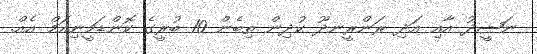
ނަޝީދު އާއި އަދި ރަންރީނދޫ ކުދިން ތިބެން 10 ބުރީގެ ކޮންޑަމީނިއަމް އެއް.